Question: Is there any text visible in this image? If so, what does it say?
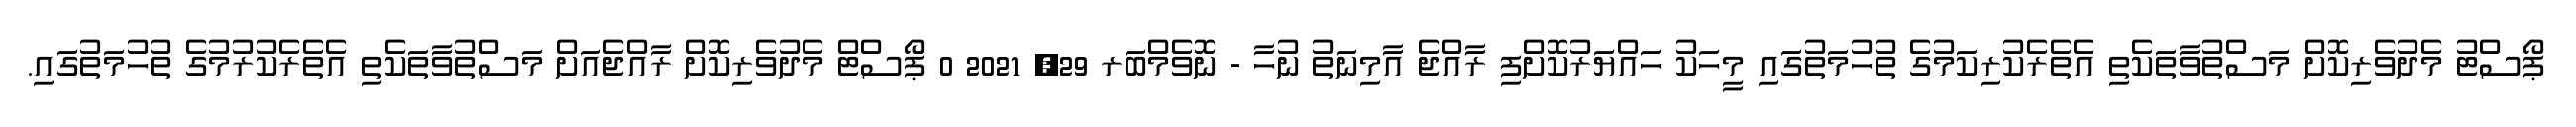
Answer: ޕޯސްޓު މެދުވެރިކޮށް މަސްތުވާތަކެތި އެތެރެކުރިކަމުގެ ތުހުމަތުގައި މީހަކު ހައްޔަރުކޮށްފި ރާއްޖެ އާމިނަތު ނުހާ - ނޮވެމްބަރ 29, 2021 0 ޕޯސްޓް މެދުވެރިކޮށް ރާއްޖެއަށް މަސްތުވާތަކެތި އެތެރެކުރުމުގެ ތުހުމަތުގައި.